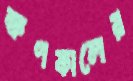
ক্ষণকালের